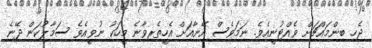
ޖެހި ބިންމައްޗަށް ވެއްޓުނީއެވެ. ނަމަވެސް އޭނާއަށް އެހީތެރިވާނެ މީހަކު ނުވީއެވެ ސަމާލުކަން ދޭނެ